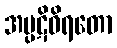
အပ္ပဋိဝိရတော